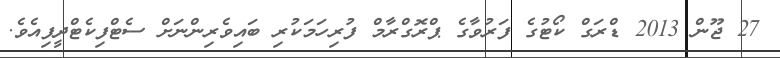
27 ޖޫން 2013 ޑްރަގް ކޯޓުގެ ފަރުވާގެ ޕްރޮގްރާމް ފުރިހަމަކުރި ބައިވެރިންނަށް ސެޓްފިކެޓްދީފިއެވެ.